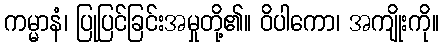
ကမ္မာနံ၊ ပြုပြင်ခြင်းအမှုတို့၏။ ဝိပါကော၊ အကျိုးကို။